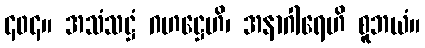
၄၀၄။ အသံသဋ္ဌံ ဂဟဋ္ဌေဟိ၊ အနာဂါရေဟိ စူဘယံ။